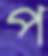
প